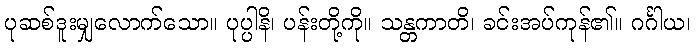
ပုဆစ်ဒူးမျှလောက်သော။ ပုပ္ပါနိ၊ ပန်းတို့ကို။ သန္တကာတိ၊ ခင်းအပ်ကုန်၏။ ဂင်္ဂါယ၊